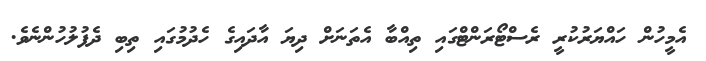
އެމީހުން ހައްޔަރުކުރީ ރެސްޓޯރަންޓްގައި ތިއްބާ އެތަނަށް ދިޔަ އާދައިގެ ހެދުމުގައި ތިބި ދެފުލުހުންނެވެ.